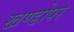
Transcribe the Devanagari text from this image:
खण्डोपर